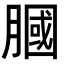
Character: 膕